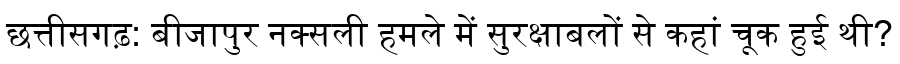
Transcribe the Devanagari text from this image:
छत्तीसगढ़: बीजापुर नक्सली हमले में सुरक्षाबलों से कहां चूक हुई थी?